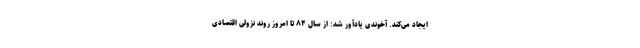
ایجاد می‌کند. آخوندی یادآور شد: از سال ۸۴ تا امروز روند نزولی اقتصادی